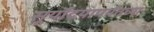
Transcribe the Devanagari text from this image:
सूर्यॊदयापर्यंतच्या